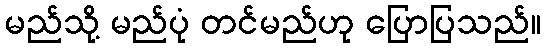
မည်သို့ မည်ပုံ တင်မည်ဟု ပြောပြသည်။